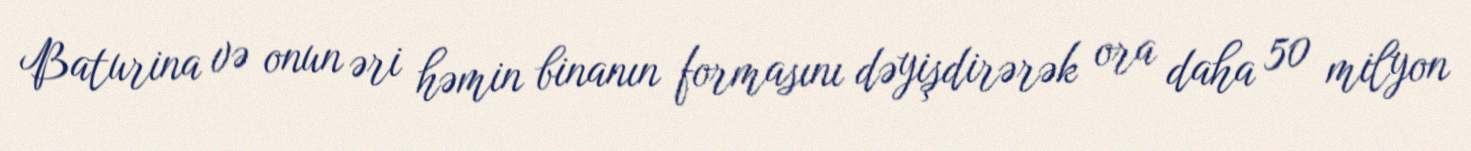
Baturina və onun əri həmin binanın formasını dəyişdirərək ora daha 50 milyon